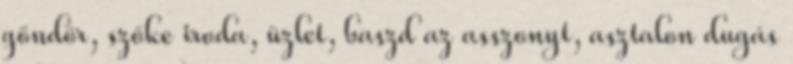
göndör, szőke iroda, üzlet, baszd az asszonyt, asztalon dugás